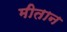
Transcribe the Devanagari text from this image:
मीतान